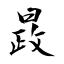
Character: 晸